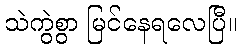
သဲကွဲစွာ မြင်နေရလေပြီ။